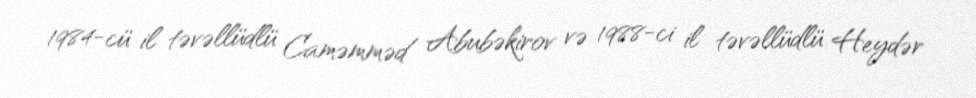
1984-cü il təvəllüdlü Caməmməd Abubəkirov və 1988-ci il təvəllüdlü Heydər